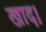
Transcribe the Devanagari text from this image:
खाद।